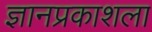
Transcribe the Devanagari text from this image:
ज्ञानप्रकाशला